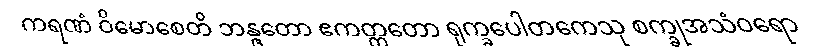
ကရဏံ ဝိမောစေတိ ဘန္ဇတော ဧကတ္တတော ရုက္ခပေါတကေသု စက္ခုအသံဝရော